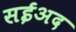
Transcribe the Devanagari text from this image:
सईअद